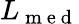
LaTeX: L_{\mathrm{~m~e~d~}}